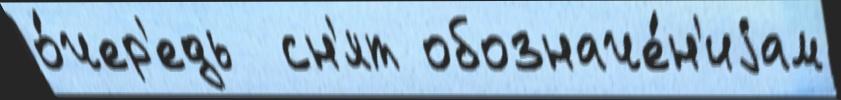
о́чер'едь  сн'ят обозначе́н'иjам